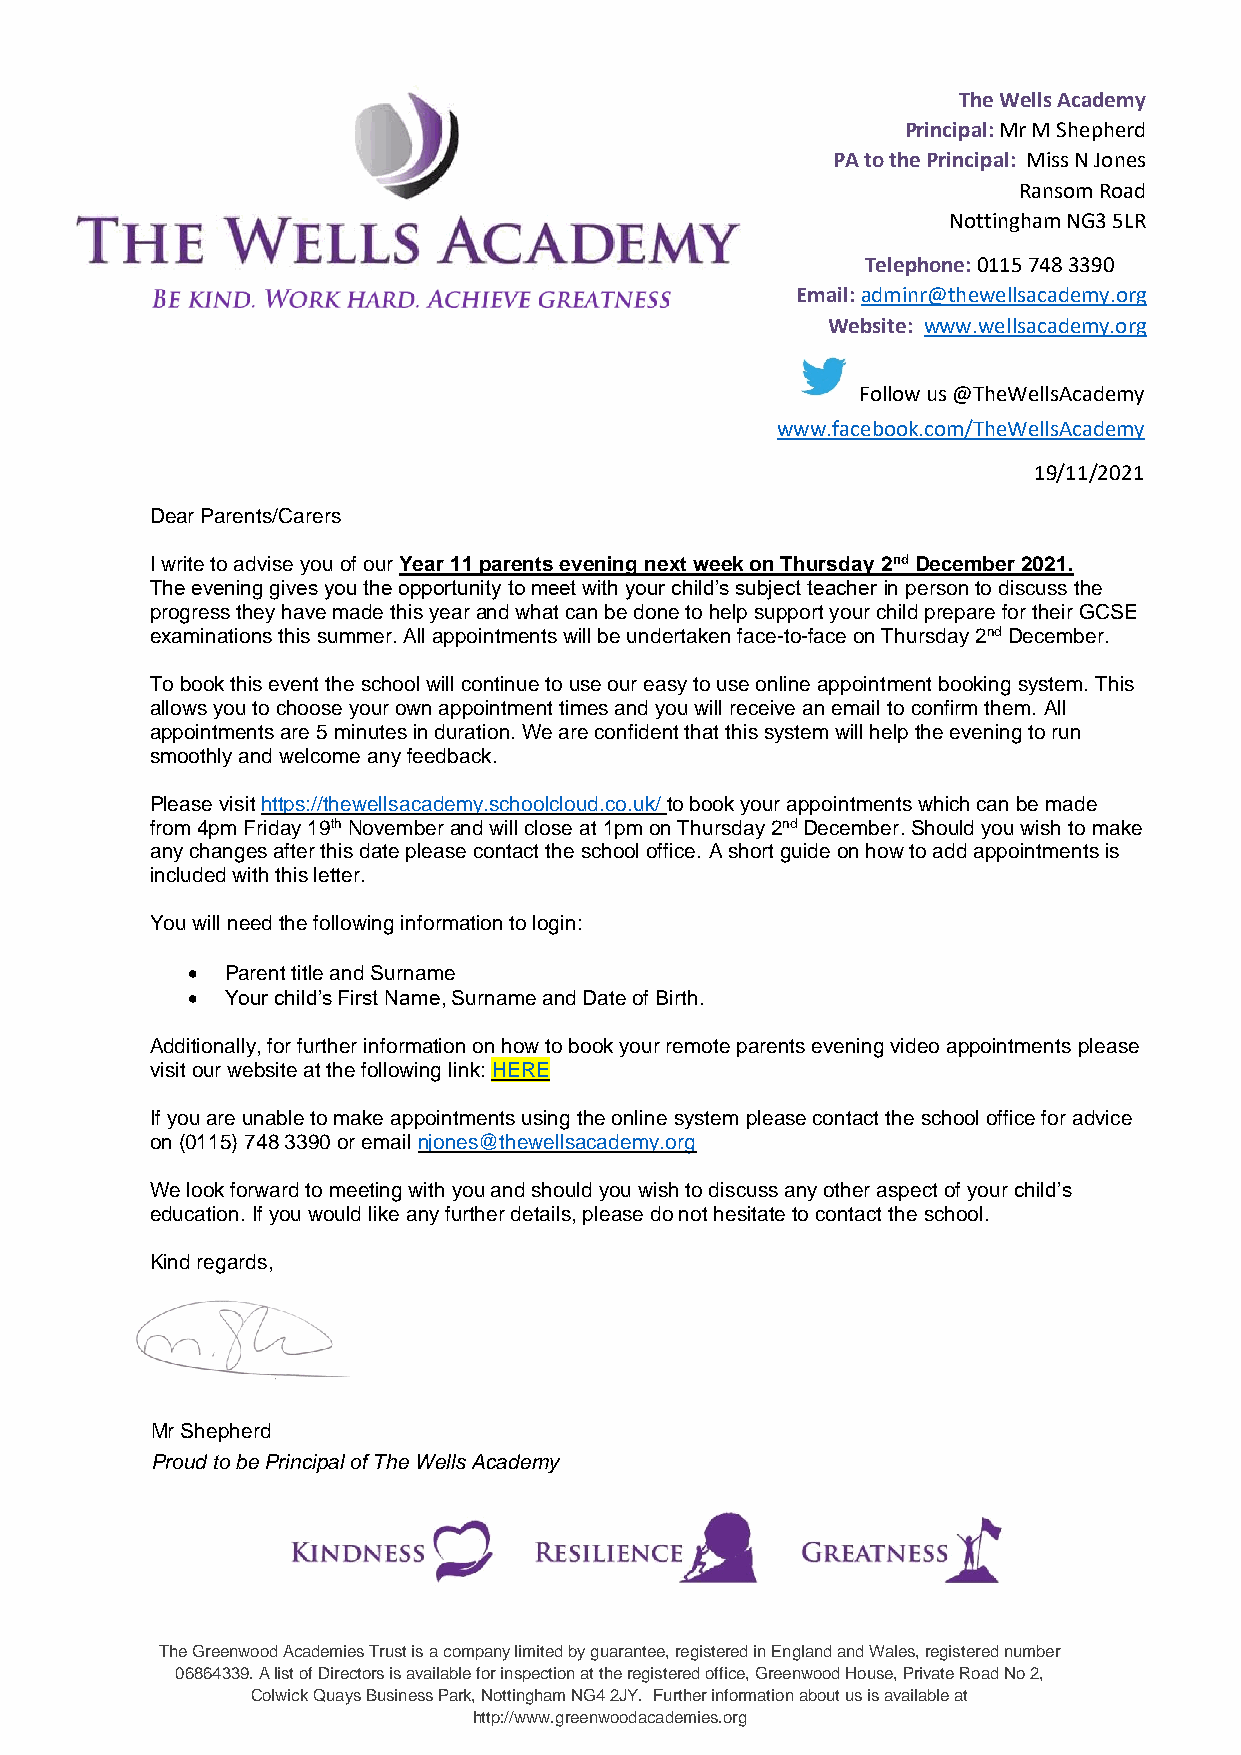
The Wells Academy
 Principal: Mr M Shepherd
 PA to the Principal: Miss N Jones
 Ransom Road
 Nottingham NG3 5LR
 Telephone: 0115 748 3390
 Email: adminr@thewellsacademy.org
 Website: www.wellsacademy.org
 Follow us @TheWellsAcademy
 www.facebook.com/TheWellsAcademy
 19/11/2021
 Dear Parents/Carers
 I write to advise you of our Year 11 parents evening next week on Thursday 2nd December 2021.
 The evening gives you the opportunity to meet with your child’s subject teacher in person to discuss the
 progress they have made this year and what can be done to help support your child prepare for their GCSE
 examinations this summer. All appointments will be undertaken face-to-face on Thursday 2nd December.
 To book this event the school will continue to use our easy to use online appointment booking system. This
 allows you to choose your own appointment times and you will receive an email to confirm them. All
 appointments are 5 minutes in duration. We are confident that this system will help the evening to run
 smoothly and welcome any feedback.
 Please visit https://thewellsacademy.schoolcloud.co.uk/ to book your appointments which can be made
 from 4pm Friday 19th November and will close at 1pm on Thursday 2nd December. Should you wish to make
 any changes after this date please contact the school office. A short guide on how to add appointments is
 included with this letter.
 You will need the following information to login:
 •  Parent title and Surname
 •  Your child’s First Name, Surname and Date of Birth.
 Additionally, for further information on how to book your remote parents evening video appointments please
 visit our website at the following link: HERE
 If you are unable to make appointments using the online system please contact the school office for advice
 on (0115) 748 3390 or email njones@thewellsacademy.org
 We look forward to meeting with you and should you wish to discuss any other aspect of your child’s
 education. If you would like any further details, please do not hesitate to contact the school.
 Kind regards,
 Mr Shepherd
 Proud to be Principal of The Wells Academy
 The Greenwood Academies Trust is a company limited by guarantee, registered in England and Wales, registered number
 06864339. A list of Directors is available for inspection at the registered office, Greenwood House, Private Road No 2,
 Colwick Quays Business Park, Nottingham NG4 2JY. Further information about us is available at
 http://www.greenwoodacademies.org